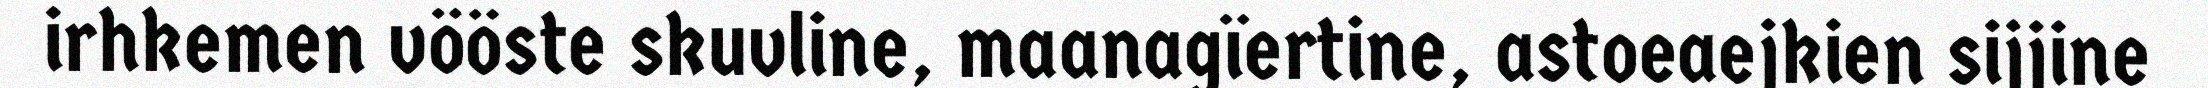
irhkemen vööste skuvline, maanagïertine, astoeaejkien sijjine